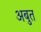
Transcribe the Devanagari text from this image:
अबुत